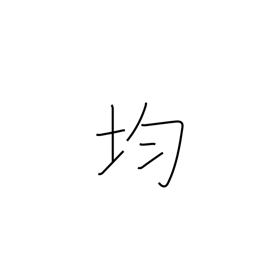
Meaning: level